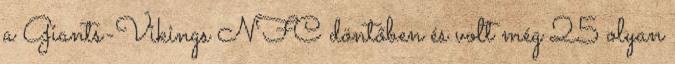
a Giants-Vikings NFC döntőben és volt még 25 olyan